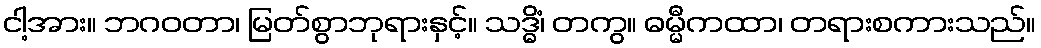
ငါ့အား။ ဘဂဝတာ၊ မြတ်စွာဘုရားနှင့်။ သဒ္ဓိံ၊ တကွ။ ဓမ္မီကထာ၊ တရားစကားသည်။